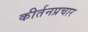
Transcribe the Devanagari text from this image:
कीर्तनप्रचार